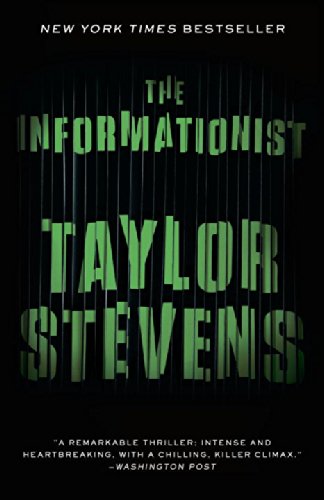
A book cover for The Informationist: A Vanessa Michael Munroe Novel; Taylor Stevens; Literature & Fiction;